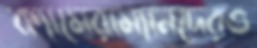
ক্যামেরাম্যানদেরও